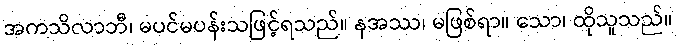
အကသိလာဘီ၊ မပင်မပန်းသဖြင့်ရသည်။ နအဿ၊ မဖြစ်ရာ။ သော၊ ထိုသူသည်။